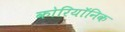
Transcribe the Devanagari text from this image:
कोरियॉनिक